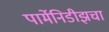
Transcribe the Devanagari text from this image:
पार्मेनिडीझचा